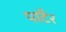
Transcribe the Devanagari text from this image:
पाॅटर